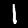
Label: 1